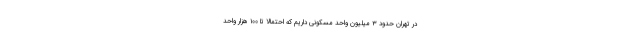
در تهران حدود ۳ میلیون واحد مسکونی داریم که احتمالاً تا ۱۰۰ هزار واحد